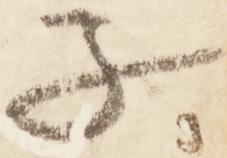
子